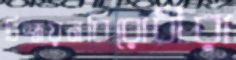
বিশ্বায়নবিরোধীরা